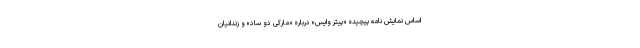
اساس نمایش نامه پیچیده «پیتر وایس» درباره «مارکی دو ساد» و زندانیان